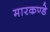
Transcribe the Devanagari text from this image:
मारकण्डे